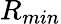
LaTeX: R_{min}